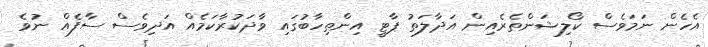
އެހެން ނަމަވެސް ކޯލިޝަންތެރެއިން އަދާލަތު ޕާޓީ އިންތިހާބުގައި ވާދަކުރާކަމެއް އަދިވެސް ސާފެއް ނުވެ